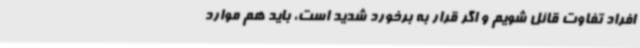
افراد تفاوت قائل شویم و اگر قرار به برخورد شدید است، باید هم موارد